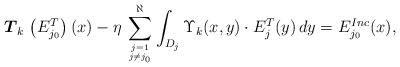
\begin{align*}\boldsymbol{T}_{k} \, \left(E^{T}_{j_{0}}\right)(x) - \eta \, \sum_{j=1 \atop j \neq j_{0}}^{\aleph} \int_{D_{j}} \Upsilon_{k}(x,y) \cdot E^{T}_j(y)\, dy = E^{Inc}_{j_{0}}(x),\end{align*}